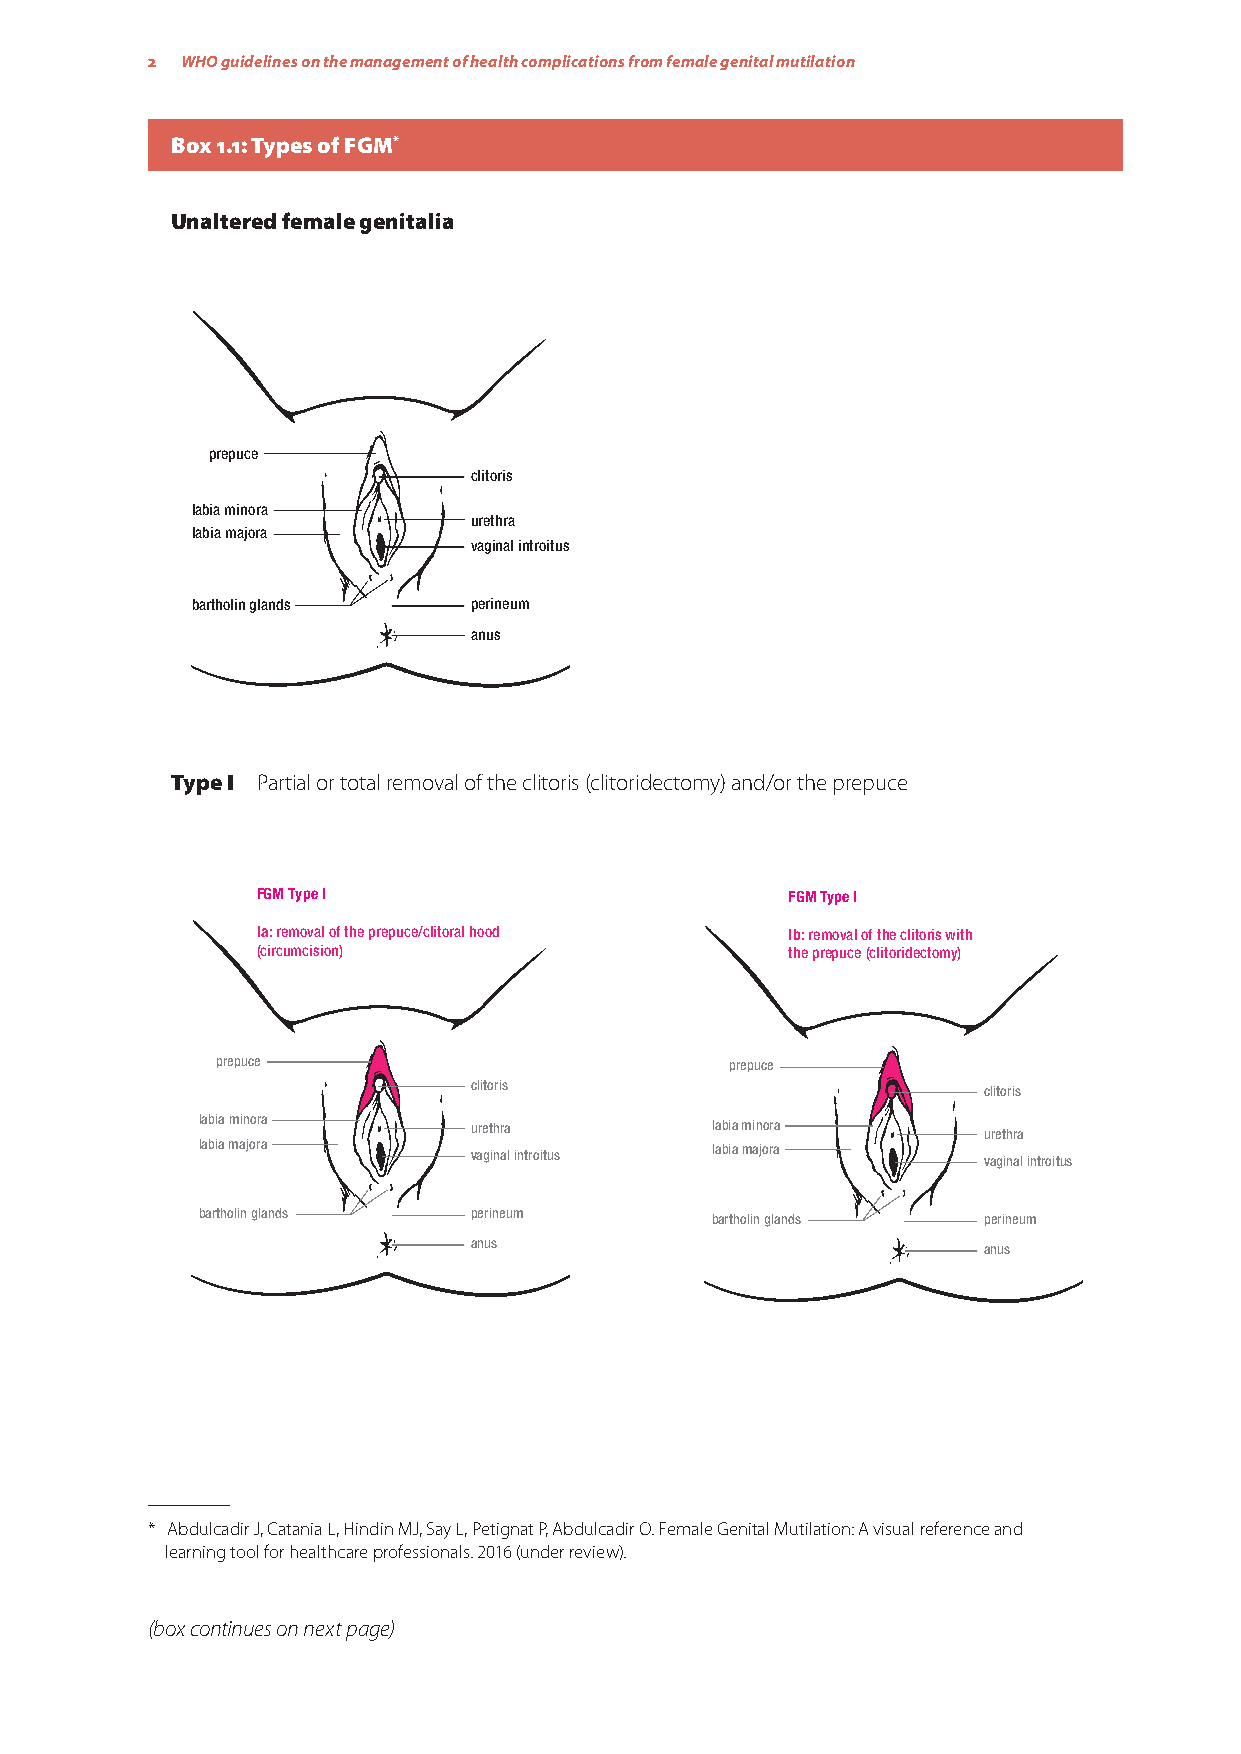
2 WHO guidelines on the management of health complications from female genital mutilation
 Box 1.1: Types of FGM*
 Unaltered female genitalia
 prepuce
 clitoris
 labia minora
 urethra
 labia majora
 vaginal introitus
 bartholin glands  perineum
 anus
 Type I Partial or total removal of the clitoris (clitoridectomy) and/or the prepuce
 FGM Type I                         FGM Type I
 Ia: removal of the prepuce/clitoral hood Ib: removal of the clitoris with
 (circumcision)                     the prepuce (clitoridectomy)
 prepuce                           prepuce
 clitoris                          clitoris
 labia minora      urethra         labia minora      urethra
 labia majora      vaginal introitus labia majora    vaginal introitus
 bartholin glands  perineum        bartholin glands  perineum
 anus                              anus
 * Abdulcadir J, Catania L, Hindin MJ, Say L, Petignat P, Abdulcadir O. Female Genital Mutilation: A visual reference and
 learning tool for healthcare professionals. 2016 (under review).
 (box continues on next page)